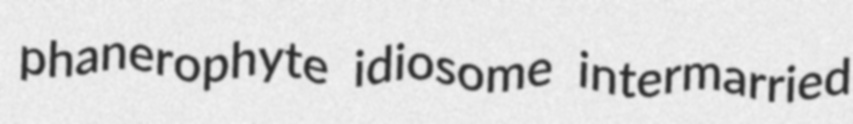
phanerophyte idiosome intermarried